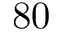
8 0